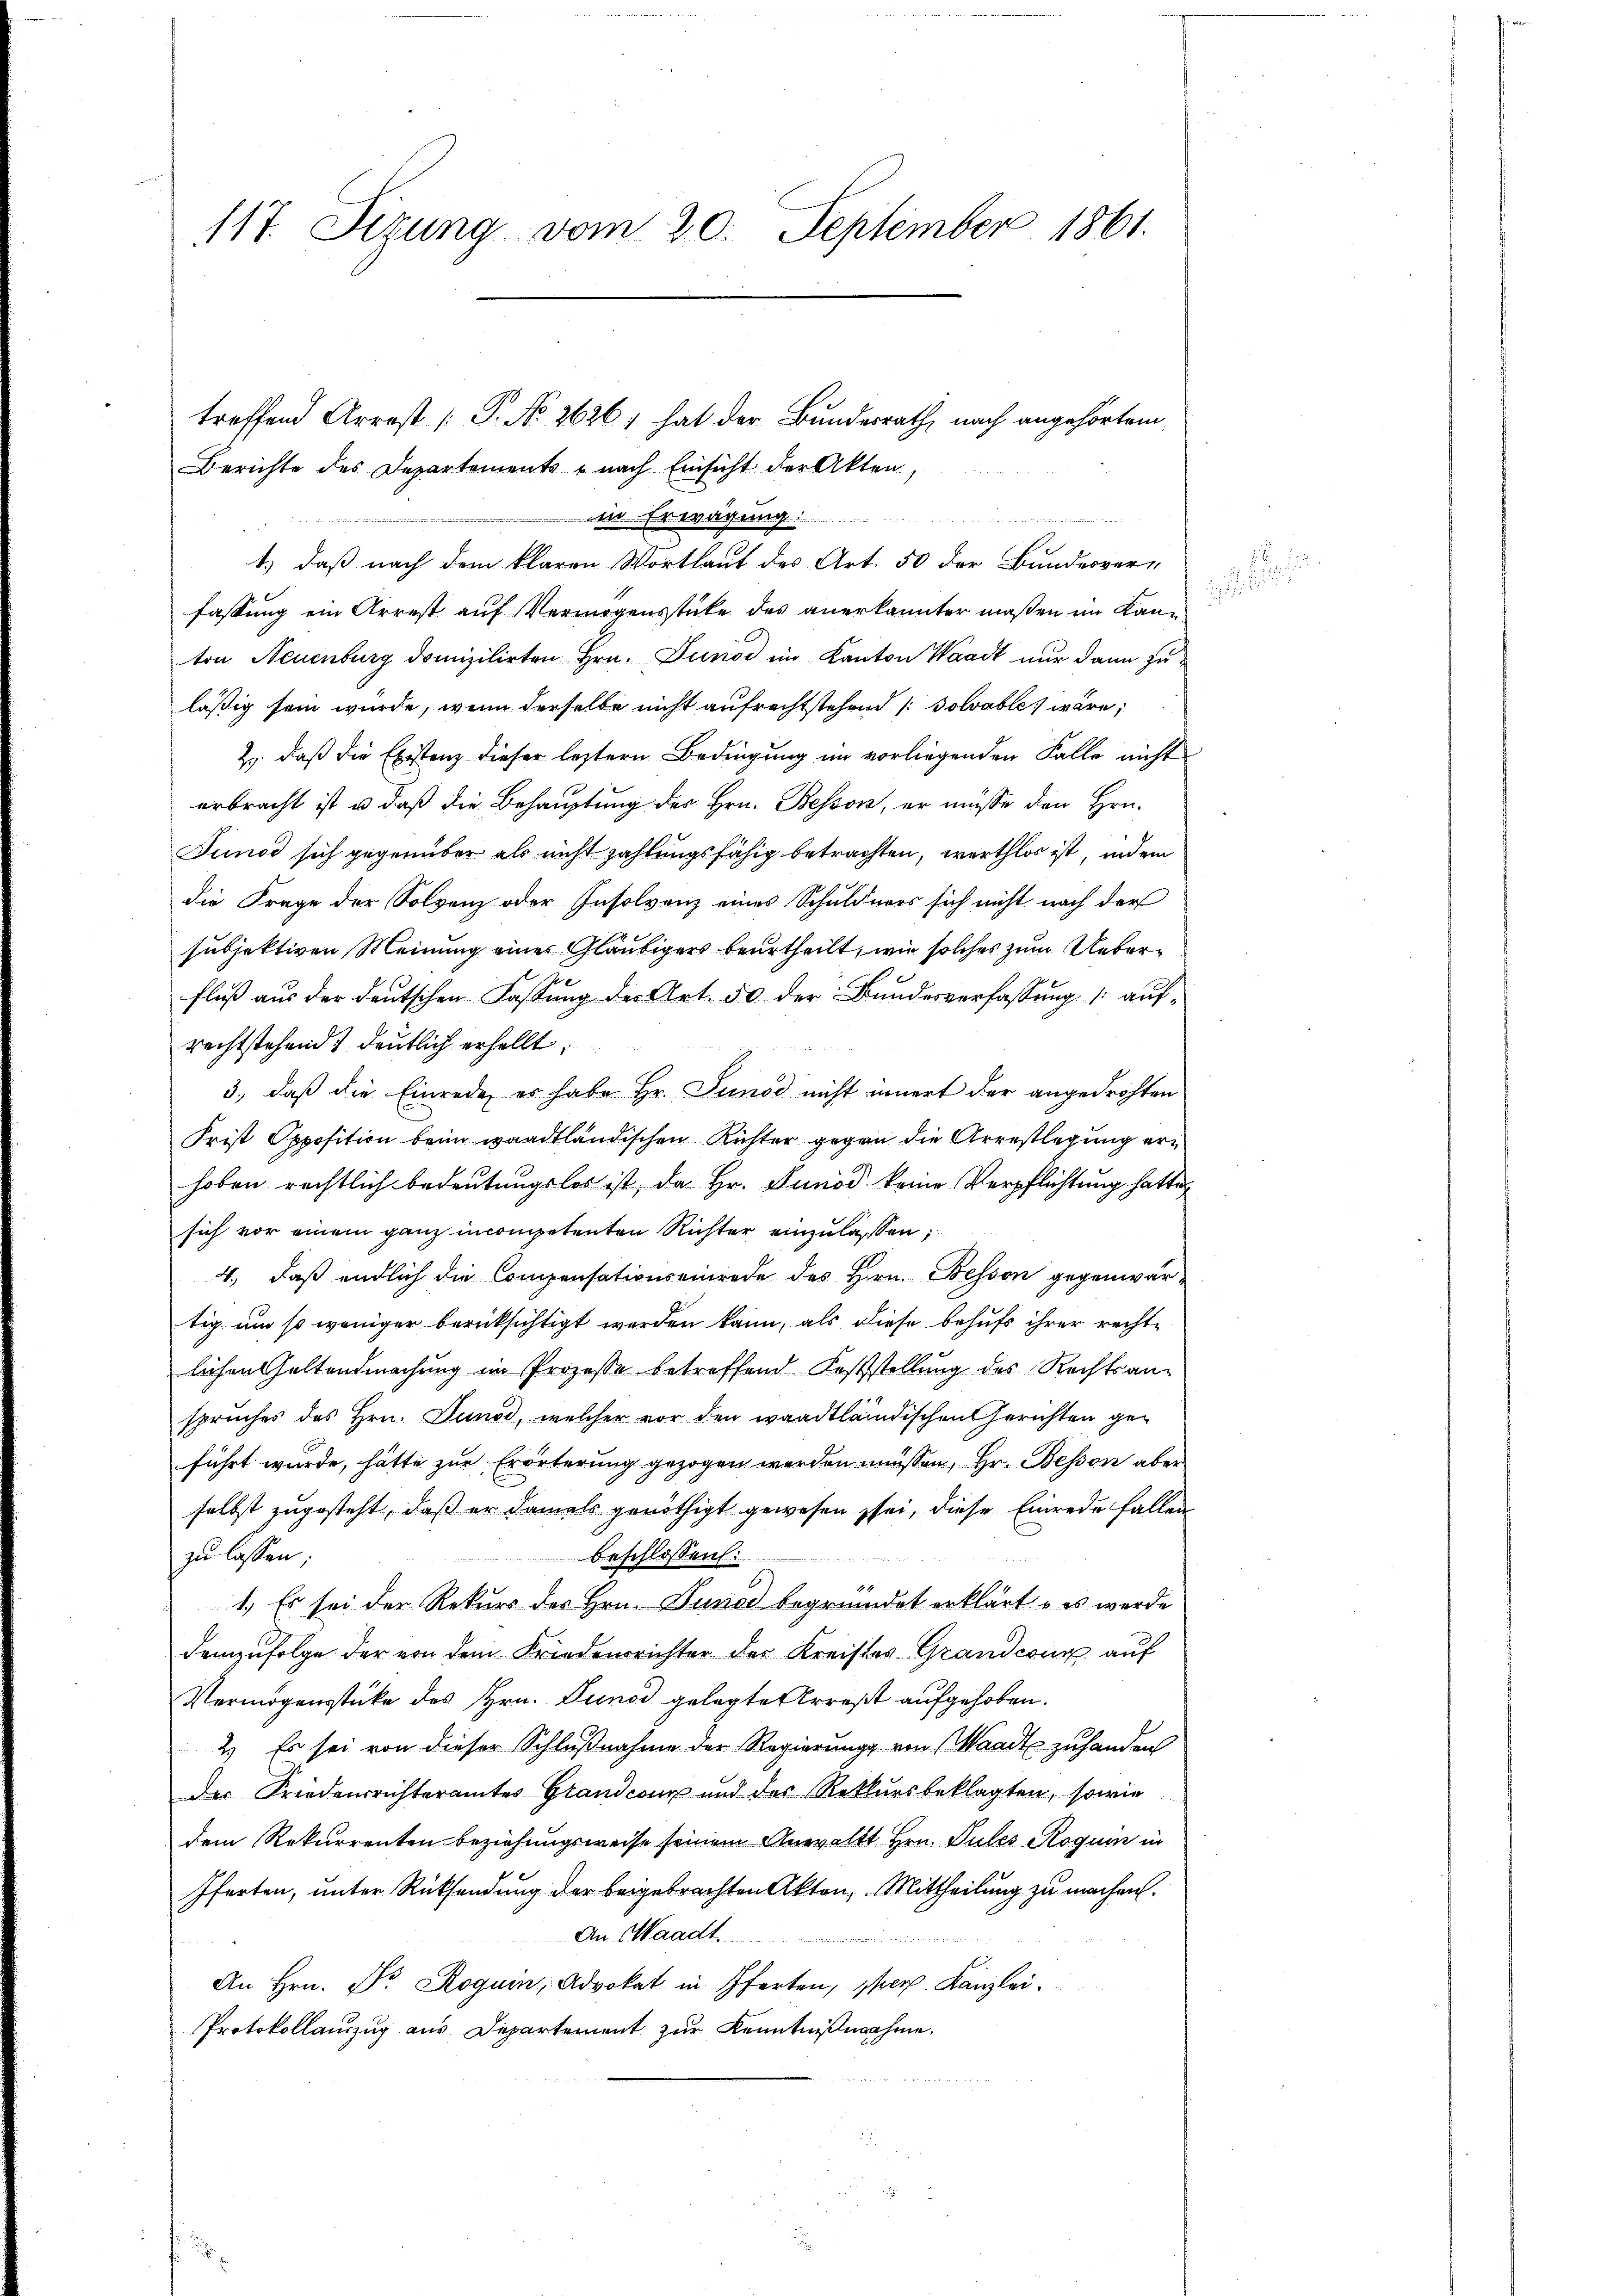
117. Sizung vom 20. September 1861.

treffend Arrest [P. No 2626; hat der Bundesrath, nach angehörtem
Berichte des Departements - nach Einsicht der Akten,
in Erwägung:
.
1.) daß nach dem klaren Wortlaut des Art. 50 der Bundesver-
fassung ein Arrest auf Vermögensstücke des anerkannter maßen im Kanton Neuenburg domizilirten Hrn. Juniod ein Kanton Waadt nur dann zu
läßig sein würde, wenn derselbe nicht aufrechtstehend / Solvable, wäre,
Z. daß die Existenz dieser leztern Bedingung im vorliegenden Falle nicht
erbracht ist u. daß die Behauptung des Hrn. Bessen, er müsse den Hrn.
Junod sich gegenüber als nicht zahlungsfähig betrachten, werthlos ist, indem
die Frage der Solvenz oder Insolvenz eines Schuldners sich nicht nach der
subjektiven Meinung einer Gläubigers beurtheilt, wie solches zum Ueberfluß aus der deutschen Fassung des Art. 50 der Bundesverfassung (: aufrechtstehend deutlich erhellt,
3., daß die Einrede, es habe Hr. Junod nicht innert der angedrohten
Frist Opposition beim waadtländischen Richter gegen die Arrestlegung erhoben rechtlich bedeutungslos ist, da Hr. Junod keine Verpflichtung hatte
sich vor einem ganz incompetenten Richter einzulassen;
4. daß endlich die Compensationseinrede des Hrn. Besson gegenwärtig um so weniger berücksichtigt werden kann, als diese behufs ihrer rechtlichen Geltendmachung im Prozesse betreffend Feststellung des Rechtsanspruches des Hrn. Junod, welcher vor den waadtländischen Gerichten geführt wurde, hätte zur Erörterung gezogen werden müssen, Hr. Bessen aber
selbst zugesteht, daß er damals genöthigt gewesen, sei, diese Einrede fallen
beschlossen:
zu lassen;
1.) Es sei der Rekurs des Hrn. Junad begründet erklärt - es werde
demzufolge der von dem Friedensrichter der Kreistes-Grandcour auf
Vermögensstüke des Hrn. Junod gelegte Arrest aufgehoben.
2.) Es sei von dieser Schlußnahme der Regierung von Waadt zu handen
der Friedensrichteramtes Grandcour und des Rekursbeklagten, sowie
dem Rekurrenten beziehungsweise seinem Anwaltt Hrn. Pules Roguin in
fferten, unter Rücksendung der beigebrachten Akten, Mittheilung zu machen.
An Waadt.
An Hrn. Dr. Roguin, Advokat in Pferten, par Kanzlei.
Protokollanzug aus Departement zur Kenntnißnahme.

.